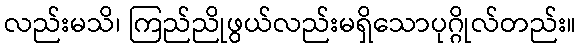
လည်းမသိ၊ ကြည်ညိုဖွယ်လည်းမရှိသောပုဂ္ဂိုလ်တည်း။